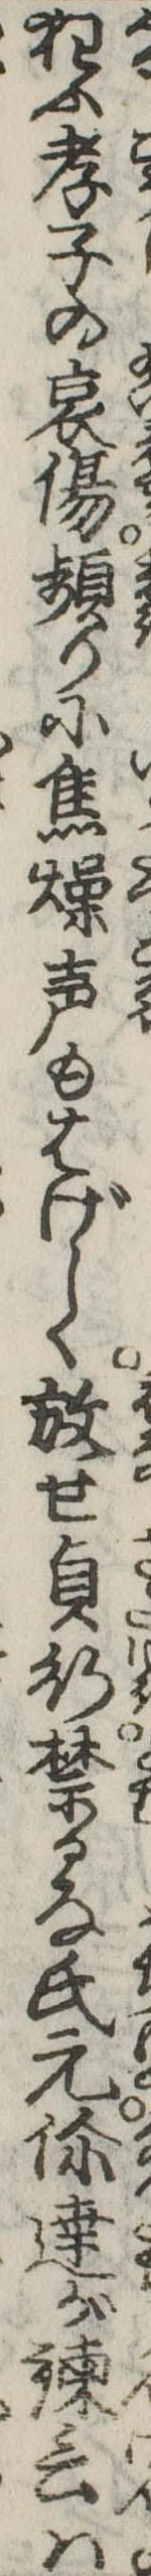
狂ふ孝子の哀傷頻りに焦燥声もはげしく放せ貞行禁るな氏元伱達が諌言は